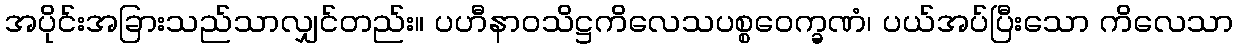
အပိုင်းအခြားသည်သာလျှင်တည်း။ ပဟီနာဝသိဋ္ဌကိလေသပစ္စဝေက္ခဏံ၊ ပယ်အပ်ပြီးသော ကိလေသာ